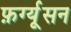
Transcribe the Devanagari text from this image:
फ़र्ग्यूसन